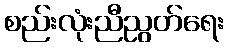
စည်းလုံးညီညွတ်ရေး